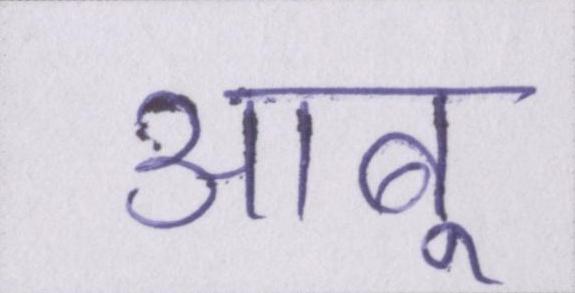
आबू